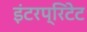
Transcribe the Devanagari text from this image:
इंटरप्रिटेट